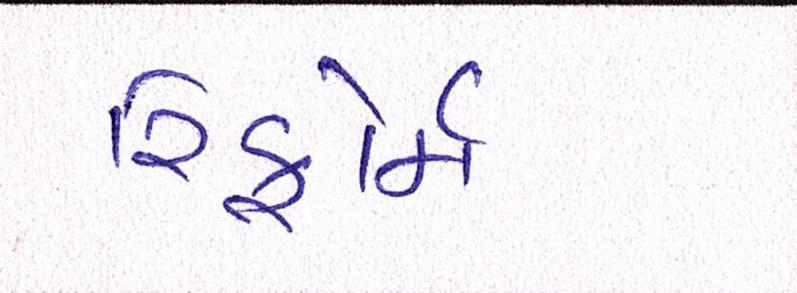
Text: રિફોર્મ